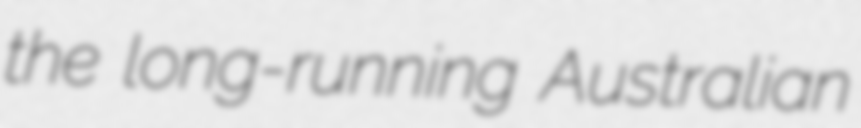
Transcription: the long-running Australian